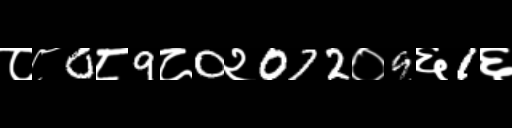
Text: ८८0८9८0२072०9६1६